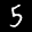
Label: 5